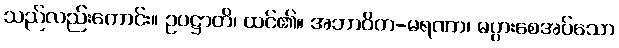
သည်လည်းကောင်း။ ဥပဋ္ဌာတိ၊ ထင်၏။ အဘာဝိတ-မရဏာ၊ မပွားစေအပ်သော